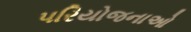
પરિયોજનાઓ